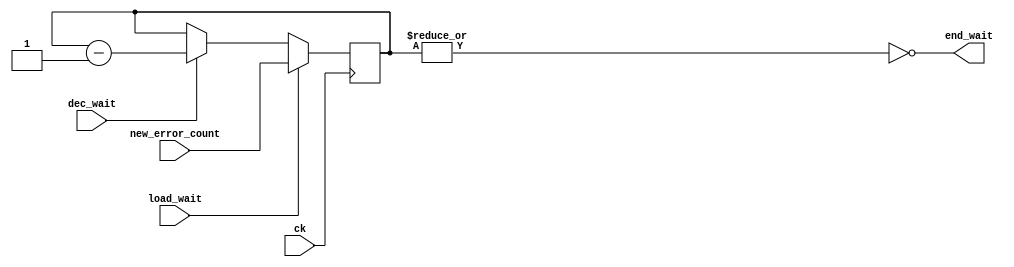
`timescale 1ns/1ps

module wait_count(
    input ck, load_wait, dec_wait,
    input [1:0] new_error_count,
    output end_wait
);

    reg [1:0] error_count, error_count_next;

    always @(posedge ck) begin
        error_count <= error_count_next;
    end

    always @(error_count, load_wait, dec_wait, new_error_count) begin
        if (load_wait) begin
            error_count_next = new_error_count;
        end
        else if (dec_wait) begin
            error_count_next = error_count - 1;
        end
        else begin
            error_count_next = error_count;
        end
    end

    assign end_wait = ~|error_count;

endmodule